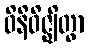
ဝိနိဝိဇ္ဈိတွာ